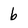
Character: b